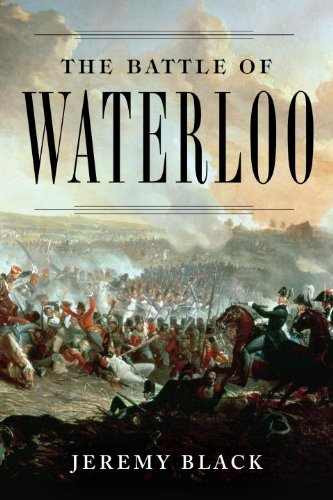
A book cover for The Battle of Waterloo; Jeremy Black; History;